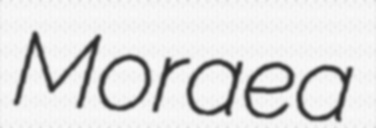
Moraea